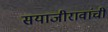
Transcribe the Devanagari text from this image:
सयाजीरावांची